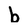
Character: b